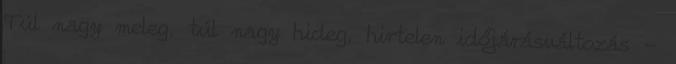
Túl nagy meleg, túl nagy hideg, hirtelen időjárásváltozás -